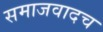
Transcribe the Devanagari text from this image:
समाजवादच